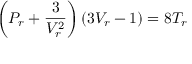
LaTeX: \left( P _ { r } + { \frac { 3 } { V _ { r } ^ { 2 } } } \right) \left( 3 V _ { r } - 1 \right) = 8 T _ { r }